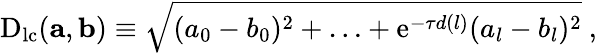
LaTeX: \begin{array}{r}{\mathrm{D}_{\mathrm{lc}}(\mathbf{a},\mathbf{b})\equiv\sqrt{(a_{0}-b_{0})^{2}+\ldots+\mathrm{e}^{-\tau d(l)}(a_{l}-b_{l})^{2}}~,}\end{array}